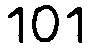
101